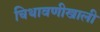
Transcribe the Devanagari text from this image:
चिथावणीखाली